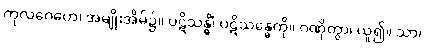
ကုလဂေဟေ၊ အမျိုးအိမ်၌။ ပဋိသန္ဓိံ၊ ပဋိသန္ဓေကို။ ဂဏှိတွာ၊ ယူ၍။ သာ၊